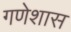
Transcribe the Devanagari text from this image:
गणेशास